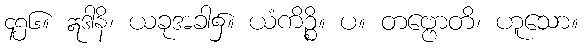
၄၅၆။ ဣဒါနိ၊ ယခုအခါ၌။ ယံကိဉ္စိ။ ပ။ တဗ္ဗောတိ၊ ဟူသော။